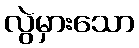
လွဲမှားသော